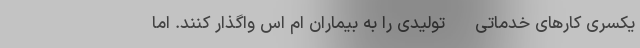
یکسری کارهای خدماتی - تولیدی را به بیماران ام اس واگذار کنند. اما